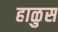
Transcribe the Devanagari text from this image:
हाळुस